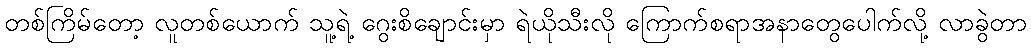
တစ်ကြိမ်တော့ လူတစ်ယောက် သူ့ရဲ့ ဂွေးစိချောင်းမှာ ရဲယိုသီးလို ကြောက်စရာအနာတွေပေါက်လို့ လာခွဲတာ